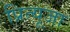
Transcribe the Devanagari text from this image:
प्रित्यूजा